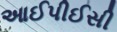
આઈપીઈસી